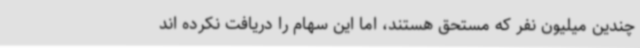
چندین میلیون نفر که مستحق هستند، اما این سهام را دریافت نکرده اند